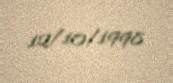
12/10/1998